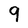
Character: 9